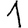
Digit: 1